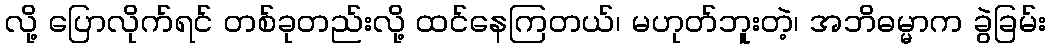
လို့ ပြောလိုက်ရင် တစ်ခုတည်းလို့ ထင်နေကြတယ်၊ မဟုတ်ဘူးတဲ့၊ အဘိဓမ္မာက ခွဲခြမ်း